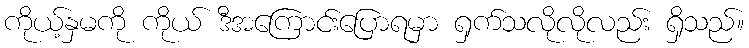
ကိုယ့်နှမကို ကိုယ် ဒီအကြောင်းပြောရမှာ ရှက်သလိုလိုလည်း ရှိသည်။